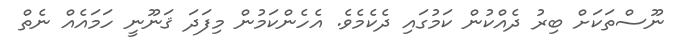
ނޫސްތަކަށް ބިރު ދެއްކުން ކަމުގައި ދެކެމެވެ. އެހެންކަމުން މިފަދަ ޤަނޫނީ ހަމައެއް ނެތް